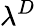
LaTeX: \lambda^{D}